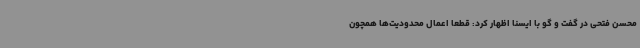
محسن فتحی در گفت و گو با ایسنا اظهار کرد: قطعا اعمال محدودیت‌ها همچون